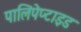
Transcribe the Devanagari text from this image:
पालिपेप्टाइड